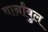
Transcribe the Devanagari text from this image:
वार्नांबुल